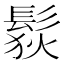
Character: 䯼